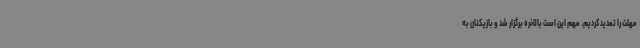
مهلت را تمدید کردیم. مهم این است بالاخره برگزار شد و بازیکنان به